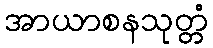
အာယာစနသုတ္တံ